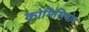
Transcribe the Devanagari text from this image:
कोमिसियोन